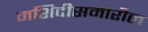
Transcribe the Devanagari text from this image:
मशिदीसमोरील